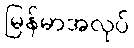
မြန်မာအလုပ်